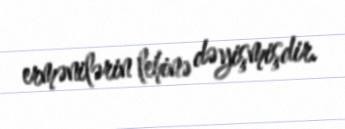
ermənilərin lehinə dəyişmişdir.